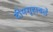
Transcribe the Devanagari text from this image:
दीपगृहाकडे